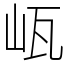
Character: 㼘